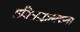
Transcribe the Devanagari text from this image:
प्रतिसादात्मकता